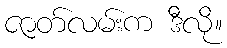
ဇာတ်လမ်းက ဒီလို။